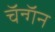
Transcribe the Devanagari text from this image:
चॅन्गॅन